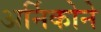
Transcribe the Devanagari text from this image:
अर्निकोने